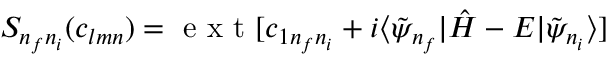
S _ { n _ { f } n _ { i } } ( c _ { l m n } ) = \mathrm { ~ e ~ x ~ t ~ } [ c _ { 1 n _ { f } n _ { i } } + i \langle \tilde { \psi } _ { n _ { f } } | \hat { H } - E | \tilde { \psi } _ { n _ { i } } \rangle ]